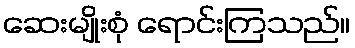
ဆေးမျိုးစုံ ရောင်းကြသည်။